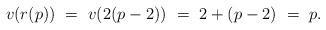
LaTeX: \begin{align*} v(r(p)) \ =\ v(2(p-2)) \ =\ 2+(p-2) \ =\ p.\end{align*}